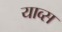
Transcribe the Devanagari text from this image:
याव्स